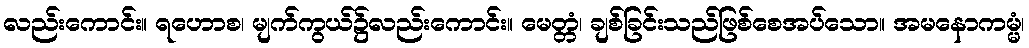
လည်းကောင်း။ ရဟောစ၊ မျက်ကွယ်၌လည်းကောင်း။ မေတ္တံ၊ ချစ်ခြင်းသည်ဖြစ်စေအပ်သော။ အမနောကမ္မံ၊